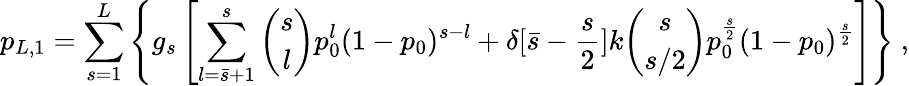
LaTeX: p_{L,1}=\sum_{s=1}^{L}\left\{ g_{s}\left[\sum_{l=\bar{s}+1}^{s}{\binom{s}{l}}p_{0}^{l}(1-p_{0})^{s-l}+\delta[\bar{s}-\frac{s}{2}]k{\binom{s}{s/2}}p_{0}^{\frac{s}{2}}(1-p_{0})^{\frac{s}{2}}\right]\right\} \ ,